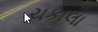
ચકાલા